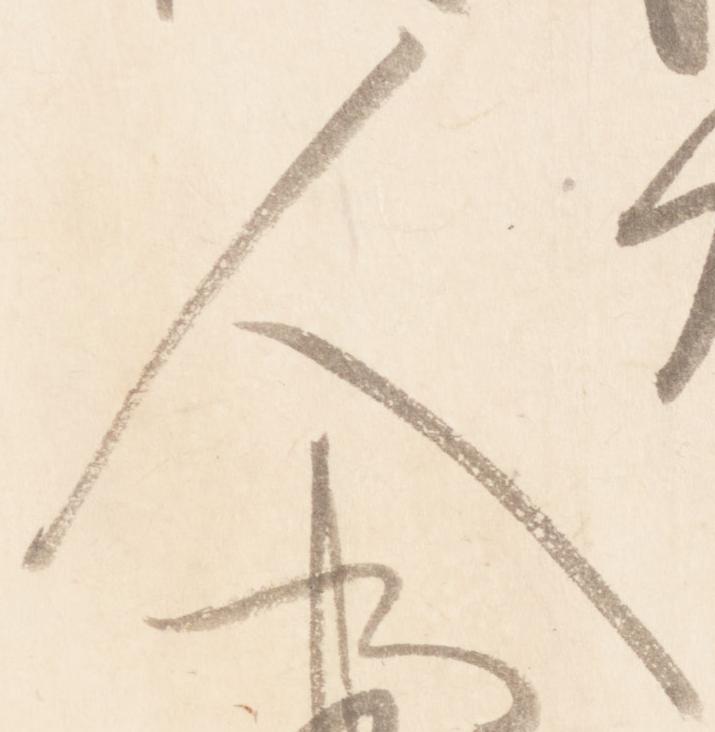
人